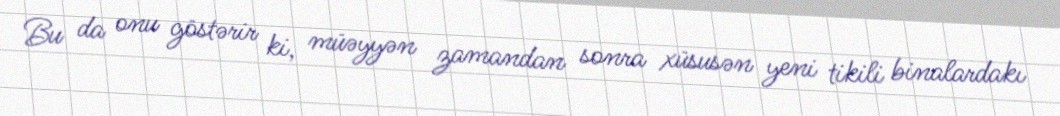
Bu da onu göstərir ki, müəyyən zamandan sonra xüsusən yeni tikili binalardakı